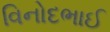
વિનોદભાઈ